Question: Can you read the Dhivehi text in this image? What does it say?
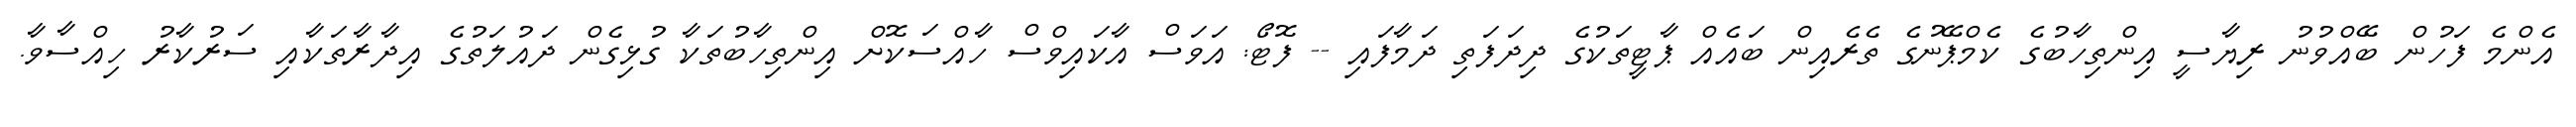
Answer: އެންމެ ފަހުން ބޭއްވުނު ރިޔާސީ އިންތިހާބުގެ ކެމްޕޭނުގެ ތެރެއިން ބައެއް ޕާޓީތަކުގެ ދިދަފަތި ދަމާފައި -- ފޮޓޯ: އަވަސް އާކައިވްސް ހާއްސަކޮށް އިންތިހާބުތަކާ ގުޅިގެން ދައުލަތުގެ އިދާރާތަކާއި ސަރުކާރު ހިއްސާވާ.